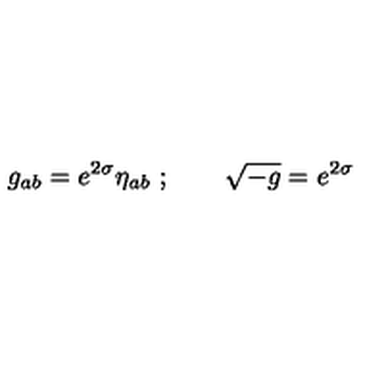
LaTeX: g _ { a b } = e ^ { 2 \sigma } \eta _ { a b } \ ; \qquad \sqrt { - g } = e ^ { 2 \sigma }